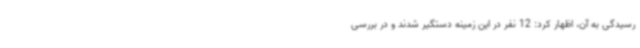
رسیدگی به آن، اظهار کرد: 12 نفر در این زمینه دستگیر شدند و در بررسی